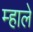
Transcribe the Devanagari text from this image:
म्हाले